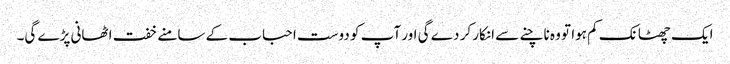
ایک چھٹانک کم ہوا تو وہ ناچنے سے انکار کر دے گی اور آپ کو دوست احباب کے سامنے خفت اٹھانی پڑے گی۔